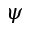
\psi